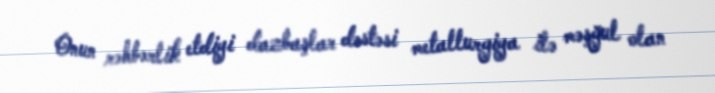
Onun rəhbərlik etdiyi dazbaşlar dəstəsi metallurgiya ilə məşğul olan